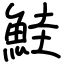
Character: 鮭